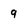
Character: 9